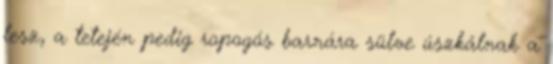
lesz, a tetején pedig ropogós barnára sülve úszkálnak a